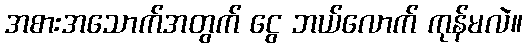
အစားအသောက်အတွက် ငွေ ဘယ်လောက် ကုန်မလဲ။